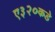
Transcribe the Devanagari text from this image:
ए३२०कडे